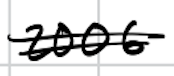
Text: 2006
Cross-out: double-line
Writing tool: digital_black